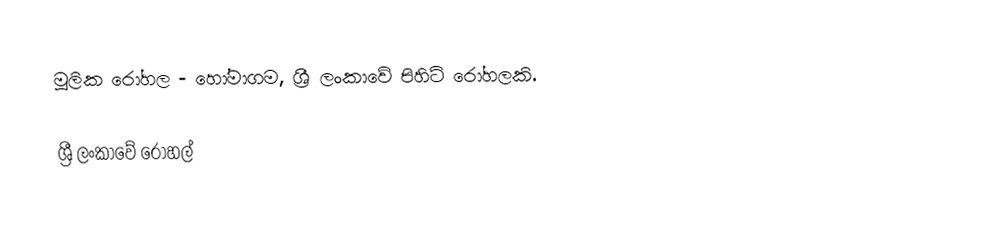
මූලික රෝහල - හෝමාගම, ශ්‍රී ලංකාවේ පිහිටි රෝහලකි.

ශ්‍රී ලංකාවේ රෝහල්